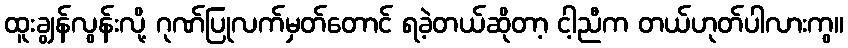
ထူးချွန်လွန်းလို့ ဂုဏ်ပြုလက်မှတ်တောင် ရခဲ့တယ်ဆိုတာ့ ငါ့ညီက တယ်ဟုတ်ပါလားကွ။